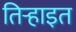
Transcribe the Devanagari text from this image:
तिऱ्हाइत